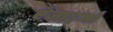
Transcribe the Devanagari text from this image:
ऐंजाइमों